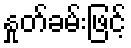
နှုတ်ခမ်းဖြင့်